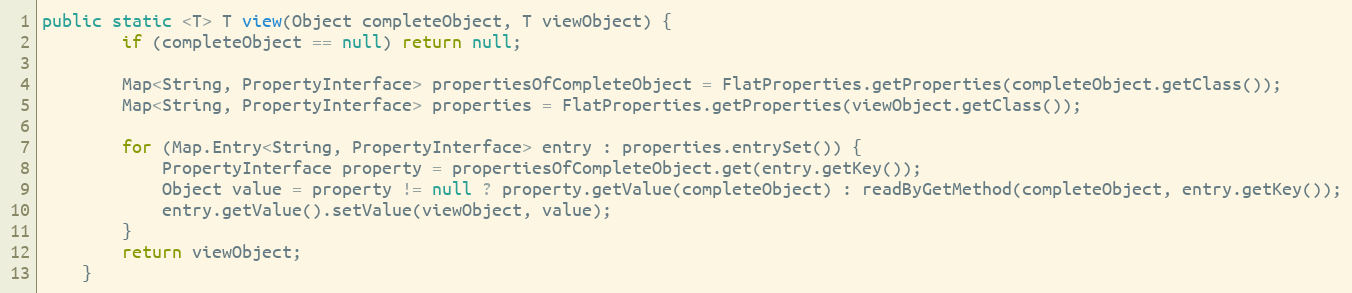
Language: Java
public static <T> T view(Object completeObject, T viewObject) {
		if (completeObject == null) return null;

		Map<String, PropertyInterface> propertiesOfCompleteObject = FlatProperties.getProperties(completeObject.getClass());
		Map<String, PropertyInterface> properties = FlatProperties.getProperties(viewObject.getClass());

		for (Map.Entry<String, PropertyInterface> entry : properties.entrySet()) {
			PropertyInterface property = propertiesOfCompleteObject.get(entry.getKey());
			Object value = property != null ? property.getValue(completeObject) : readByGetMethod(completeObject, entry.getKey());
			entry.getValue().setValue(viewObject, value);
		}
		return viewObject;
	}